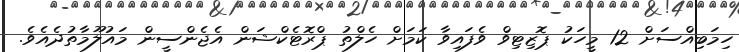
ހިމަބިއްސަށް 12 މީހަކު ޕޮޒިޓިވް ވެފައިވާ ކަމަށް ހެލްތު ޕްރޮޓެކްޝަން އެޖެންސީން މައުލޫމާތުދެއެވެ.